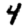
Digit: 4